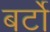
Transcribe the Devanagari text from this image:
बर्टो